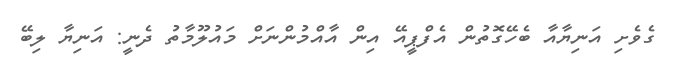
ގެވެށި އަނިޔާއާ ބެހޭގޮތުން އެފްޕީއޭ އިން އާއްމުންނަށް މައުލޫމާތު ދެނީ: އަނިޔާ ލިބޭ